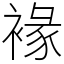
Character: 褖